Rangoon Lunatic Asylum 1893-1897 - 1893-1897
Year: 1893
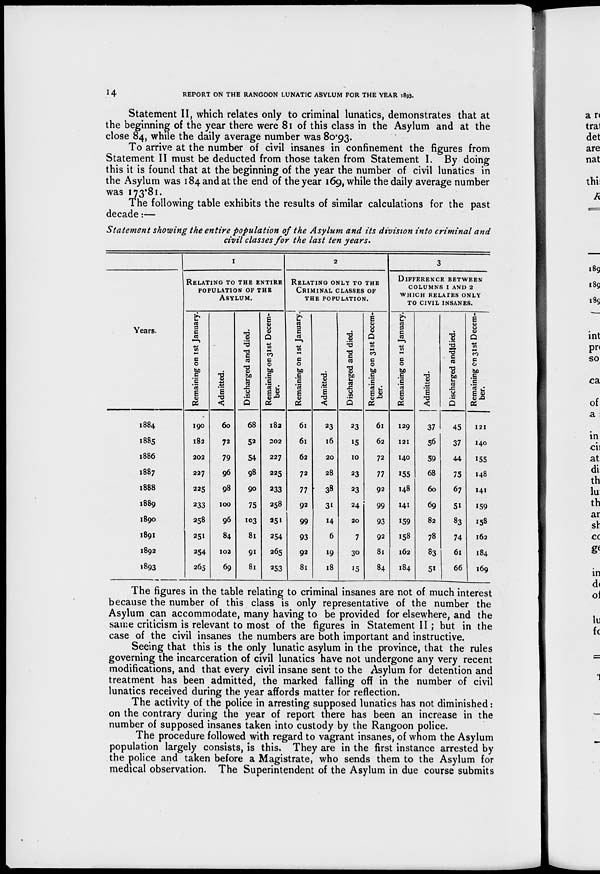
14
REPORT ON THE RANGOON LUNATIC ASYLUM FOR THE YEAR 1893.
Statement II, which relates only to criminal lunatics, demonstrates that at
the beginning of the year there were 81 of this class in the Asylum and at the
close 84, while the daily average number was 80.93.
To arrive at the number of civil insanes in confinement the figures from
Statement II must be deducted from those taken from Statement I. By doing
this it is found that at the beginning of the year the number of civil lunatics in
the Asylum was 184 and at the end of the year 169, while the daily average number
was 173.81.
The following table exhibits the results of similar calculations for the past
decade:—
Statement showing the entire population of the Asylum and its division into criminal and
civil classes for the last ten years.
Years.
1884
1885
1886
1887
1888
1889
1890
1891
1892
1893
1
RELATING TO THE ENTIRE
POPULATION OF THE
ASYLUM.
Remaining on 1st January.
190
182
202
227
225
233
258
251
254
265
Admitted.
60
72
79
96
98
100
96
84
102
69
Discharged and died.
68
52
54
98
90
75
103
81
91
81
Remaining on 31st Decem-
ber.
182
202
227
225
233
258
251
254
265
253
2
RELATING ONLY TO THE
CRIMINAL CLASSES OF
THE POPULATION.
Remaining on 1st January.
61
61
62
72
77
92
99
93
92
81
Admitted.
23
16
20
28
38
31
14
6
19
18
Discharged and died.
23
15
10
23
23
24
20
7
30
15
Remaining on 31st Decem-
ber.
61
62
72
77
92
99
93
92
81
84
3
DIFFERENCE BETWEEN
COLUMNS 1 AND 2
WHICH RELATES ONLY
TO CIVIL INSANES.
Remaining on 1st January.
129
121
140
155
148
141
159
158
162
184
Admitted.
37
56
59
68
60
69
82
78
83
51
Discharged and died.
45
37
44
75
67
51
83
74
61
66
Remaining on 31st Decem-
ber.
121
140
155
148
141
159
158
162
184
169
The figures in the table relating to criminal insanes are not of much interest
because the number of this class is only representative of the number the
Asylum can accommodate, many having to be provided for elsewhere, and the
same criticism is relevant to most of the figures in Statement II; but in the
case of the civil insanes the numbers are both important and instructive.
Seeing that this is the only lunatic asylum in the province, that the rules
governing the incarceration of civil lunatics have not undergone any very recent
modifications, and that every civil insane sent to the Asylum for detention and
treatment has been admitted, the marked falling off in the number of civil
lunatics received during the year affords matter for reflection.
The activity of the police in arresting supposed lunatics has not diminished:
on the contrary during the year of report there has been an increase in the
number of supposed insanes taken into custody by the Rangoon police.
The procedure followed with regard to vagrant insanes, of whom the Asylum
population largely consists, is this. They are in the first instance arrested by
the police and taken before a Magistrate, who sends them to the Asylum for
medical observation. The Superintendent of the Asylum in due course submits